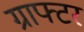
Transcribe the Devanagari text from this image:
ग्राफ्टर